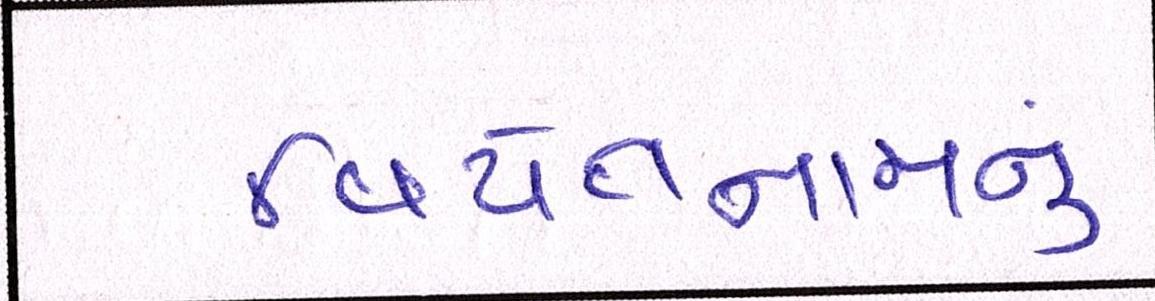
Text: વિયેતનામનું